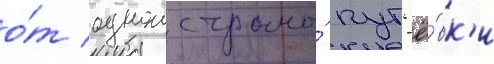
о́т однои страны́ пут'ё́вк'и